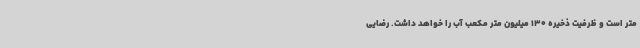
متر است و ظرفیت ذخیره 130 میلیون متر مکعب آب را خواهد داشت. رضایی